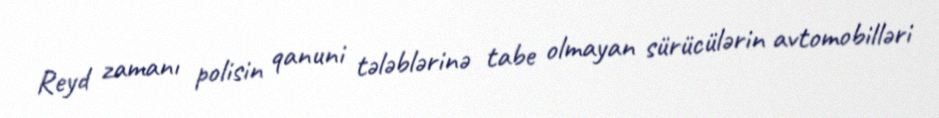
Reyd zamanı polisin qanuni tələblərinə tabe olmayan sürücülərin avtomobilləri